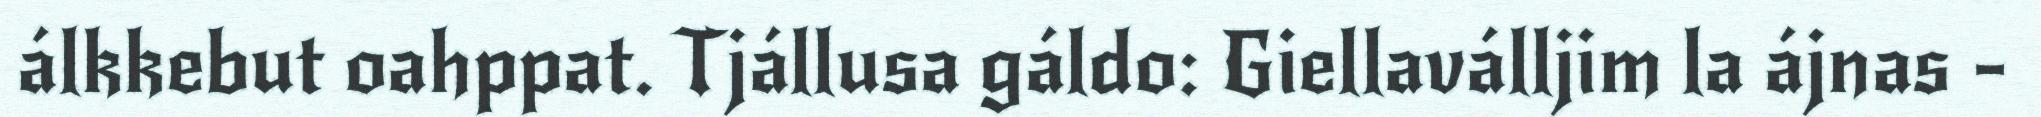
álkkebut oahppat. Tjállusa gáldo: Giellaválljim la ájnas -